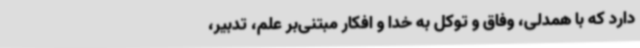
دارد که با همدلی، وفاق و توکل به خدا و افکار مبتنی‌بر علم، تدبیر،